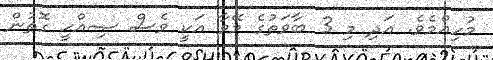
މުހިއްމެވެ. އަދި މި 3 ބާވަތުގެ މޭވާ އަކީ ވެސް ޞިއްޙީ ގޮތުން